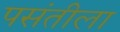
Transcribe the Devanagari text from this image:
पसंतीला